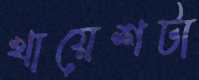
খায়েশটা